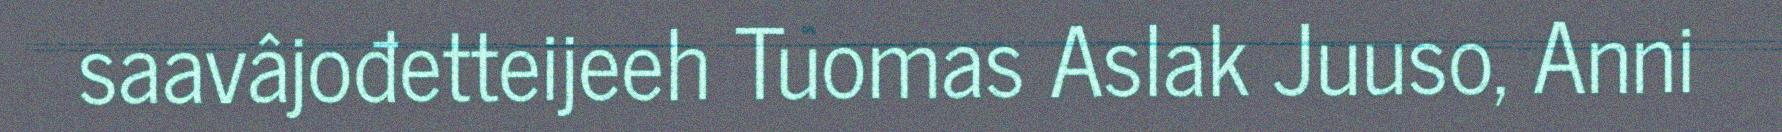
saavâjođetteijeeh Tuomas Aslak Juuso, Anni